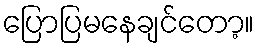
ပြောပြမနေချင်တော့။